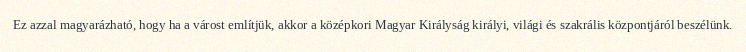
Ez azzal magyarázható, hogy ha a várost említjük, akkor a középkori Magyar Királyság királyi, világi és szakrális központjáról beszélünk.